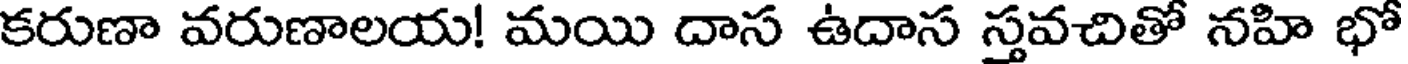
కరుణా వరుణాలయ! మయి దాస ఉదాస స్తవచితో నహి భో